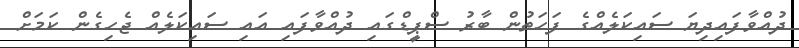
ދުއްވާފައިދިޔަ ސައިކަލެއްގެ ފަހަތުން ބާރު ސްޕީޑްގައި ދުއްވާފައި އައި ސައިކަލެއް ޖެހިގެން ކަމަށް